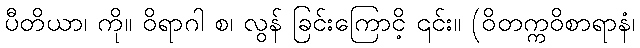
ပီတိယာ၊ ကို။ ဝိရာဂါ စ၊ လွန် ခြင်းကြောငိ့ ၎င်း။ (ဝိတက္ကဝိစာရာနံ၊